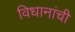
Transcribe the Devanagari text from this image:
विधानांची